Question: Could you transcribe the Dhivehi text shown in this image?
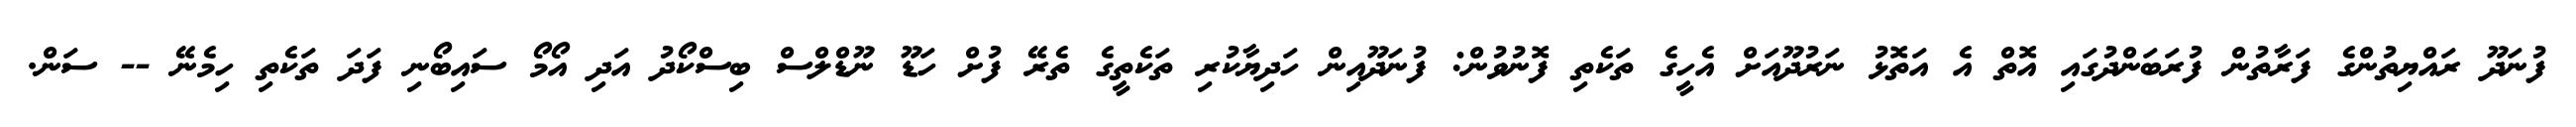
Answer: ފުނަދޫ ރައްޔިތުންގެ ފަރާތުން ފުރަބަންދުގައި އޮތް އެ އަތޮޅު ނަރުދޫއަށް އެހީގެ ތަކެތި ފޮނުވުން: ފުނަދޫއިން ހަދިޔާކުރި ތަކެތީގެ ތެރޭ ފުށް ހަޑޫ ނޫޑްލްސް ބިސްކޯދު އަދި އޯމޯ ސައިބޯނި ފަދަ ތަކެތި ހިމެނޭ -- ސަން.